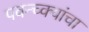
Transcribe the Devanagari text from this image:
पवन्च्क्यांचा